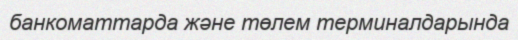
банкоматтарда және төлем терминалдарында